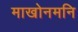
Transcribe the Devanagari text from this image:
माखोनमनि